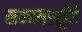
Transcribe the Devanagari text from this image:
सम्स्यापूर्ति